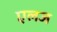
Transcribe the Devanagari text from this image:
एलज